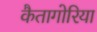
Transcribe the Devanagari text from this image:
कैतागोरिया